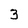
Character: 3